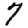
Digit: 7